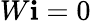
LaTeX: W\mathbf{i}=0